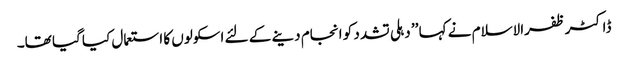
ڈاکٹر ظفرالاسلام نے کہا ’’ دہلی تشدد کو انجام دینے کے لئے اسکولوں کا استعمال کیا گیا تھا۔